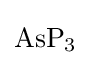
{\mathrm {AsP} {\vphantom {A}}_{\smash[{t}]{3}}}